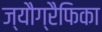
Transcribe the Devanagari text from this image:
ज्यौग्रैफिका